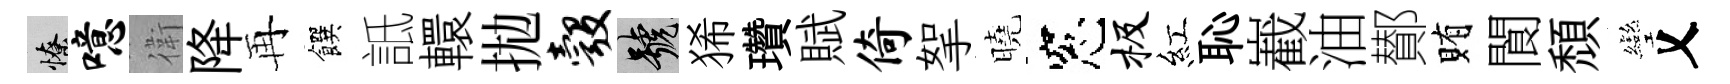
憭噫衛降再饌詆轘拋彀號狶瓚賦倚挐曉窓极紅恥嶻油鄼賄閬頹彎乂